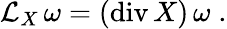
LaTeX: {\mathcal L}_{X}\, \omega=(\mathrm{div}\, X)\, \omega\; .